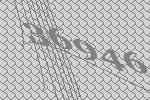
36946